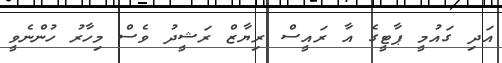
އަދި ގައުމީ ޕާޓީގެ އާ ރައީސް ރިޔާޒް ރަޝީދު ވެސް މިހާރު ހުންނެވީ